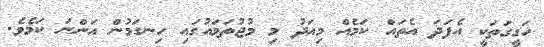
ހަގީގަތަކީ އެފަދަ އެތައް ކަމެއް މިއަދު މި މުޖުތަމައުގައި ހިނގަމުން އަންނަ ކަމެވެ.